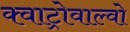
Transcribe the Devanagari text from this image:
क्वाट्रोवाल्वो